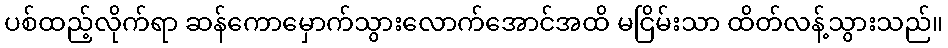
ပစ်ထည့်လိုက်ရာ ဆန်ကောမှောက်သွားလောက်အောင်အထိ မငြိမ်းသာ ထိတ်လန့်သွားသည်။